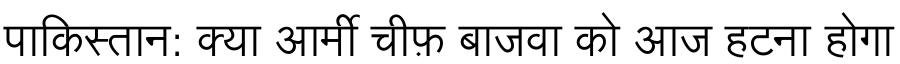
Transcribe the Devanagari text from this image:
पाकिस्तान: क्या आर्मी चीफ़ बाजवा को आज हटना होगा